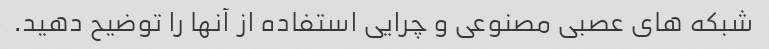
شبکه های عصبی مصنوعی و چرایی استفاده از آنها را توضیح دهید.